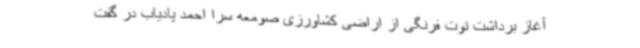
آغاز برداشت توت فرنگی از اراضی کشاورزی صومعه سرا احمد پادیاب در گفت